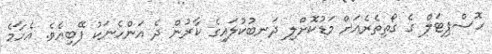
ހޮސްޕިޓަލް ގެ ގޯތިތެރެއަށް މަޑުކޮށްލި ދަނބުކުލައިގެ ކާރުން ދެ އަންހެނަކު ފޭބިއެވެ. އެހާމެ